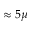
\approx 5 \mu